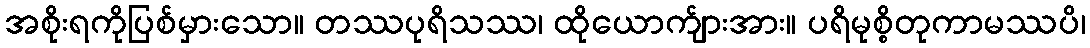
အစိုးရကိုပြစ်မှားသော။ တဿပုရိသဿ၊ ထိုယောက်ျားအား။ ပရိမုစ္စိတုကာမဿပိ၊